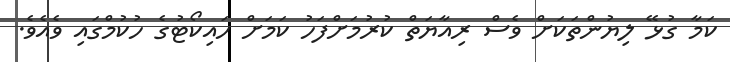
ކަމާ ގުޅޭ ލިޔުންތަކަށް ވެސް ރިއާޔަތް ކުރުމަށްފަހު ކަމަށް ހައިކޯޓުގެ ހުކުމްގައި ވެއެވެ.